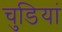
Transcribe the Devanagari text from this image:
चुडियां